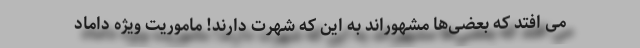
می افتد که بعضی‌ها مشهوراند به این که شهرت دارند! ماموریت ویژه داماد